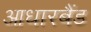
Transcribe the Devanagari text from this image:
आधारबैंड